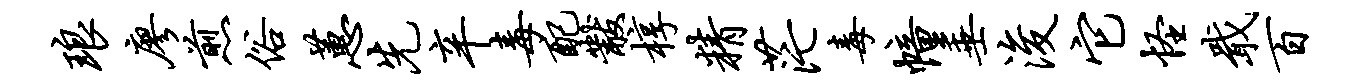
琅廖煎俗蕙先辛毒配黻椁精茫毒幢垂浚它怪戢百